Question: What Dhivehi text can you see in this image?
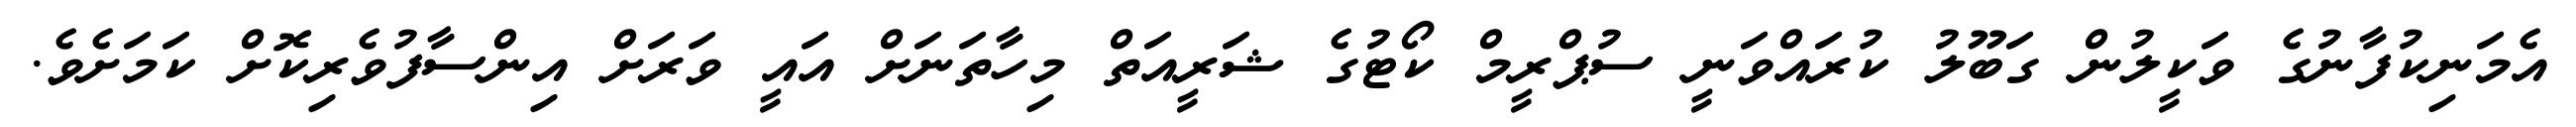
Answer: އެމަނިކުފާނުގެ ވަކީލުން ގަބޫލު ކުރައްވަނީ ސުޕްރީމް ކޯޓުގެ ޝަރީއަތް މިހާތަނަށް އައީ ވަރަށް އިންސާފުވެރިކޮށް ކަމަށެވެ.